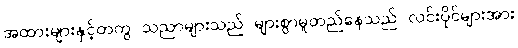
အထားများနှင့်တကွ သညာများသည် များစွာမူတည်နေသည် လင်းပိုင်များအား